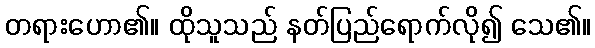
တရားဟော၏။ ထိုသူသည် နတ်ပြည်ရောက်လို၍ သေ၏။